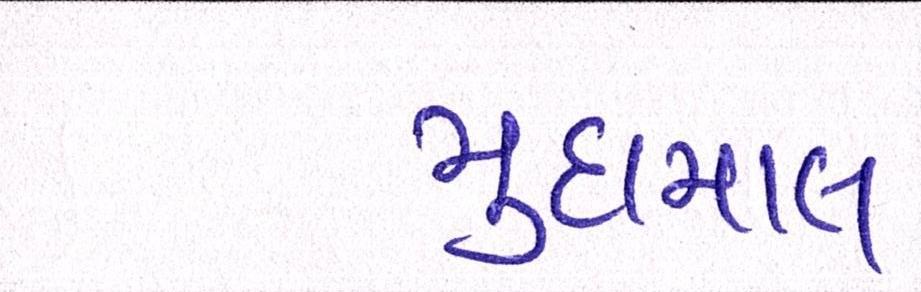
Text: મુદામાલ